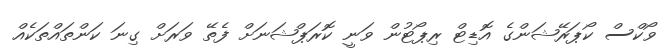
ވޯކްސް ކޯޕަރޭޝަންގެ އޮޑިޓް ރިޕޯޓުން ވަނީ ކޮރަޕްޝަނަށް ފެތޭ ވަރަށް ގިނަ ކަންތައްތަކެއް